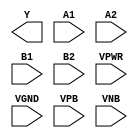
/**
 * Copyright 2020 The SkyWater PDK Authors
 *
 * Licensed under the Apache License, Version 2.0 (the "License");
 * you may not use this file except in compliance with the License.
 * You may obtain a copy of the License at
 *
 *     https://www.apache.org/licenses/LICENSE-2.0
 *
 * Unless required by applicable law or agreed to in writing, software
 * distributed under the License is distributed on an "AS IS" BASIS,
 * WITHOUT WARRANTIES OR CONDITIONS OF ANY KIND, either express or implied.
 * See the License for the specific language governing permissions and
 * limitations under the License.
 *
 * SPDX-License-Identifier: Apache-2.0
 */

`ifndef SKY130_FD_SC_MS__O22AI_PP_BLACKBOX_V
`define SKY130_FD_SC_MS__O22AI_PP_BLACKBOX_V

/**
 * o22ai: 2-input OR into both inputs of 2-input NAND.
 *
 *        Y = !((A1 | A2) & (B1 | B2))
 *
 * Verilog stub definition (black box with power pins).
 *
 * WARNING: This file is autogenerated, do not modify directly!
 */

`timescale 1ns / 1ps
`default_nettype none

(* blackbox *)
module sky130_fd_sc_ms__o22ai (
    Y   ,
    A1  ,
    A2  ,
    B1  ,
    B2  ,
    VPWR,
    VGND,
    VPB ,
    VNB
);

    output Y   ;
    input  A1  ;
    input  A2  ;
    input  B1  ;
    input  B2  ;
    input  VPWR;
    input  VGND;
    input  VPB ;
    input  VNB ;
endmodule

`default_nettype wire
`endif  // SKY130_FD_SC_MS__O22AI_PP_BLACKBOX_V